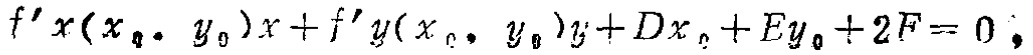
\[f'x(x_0, y_0)x + f'y(x_0, y_0)y + Dx_0 + Ey_0 + 2F = 0,\]